Annual report on the lock hospitals of the Madras Presidency
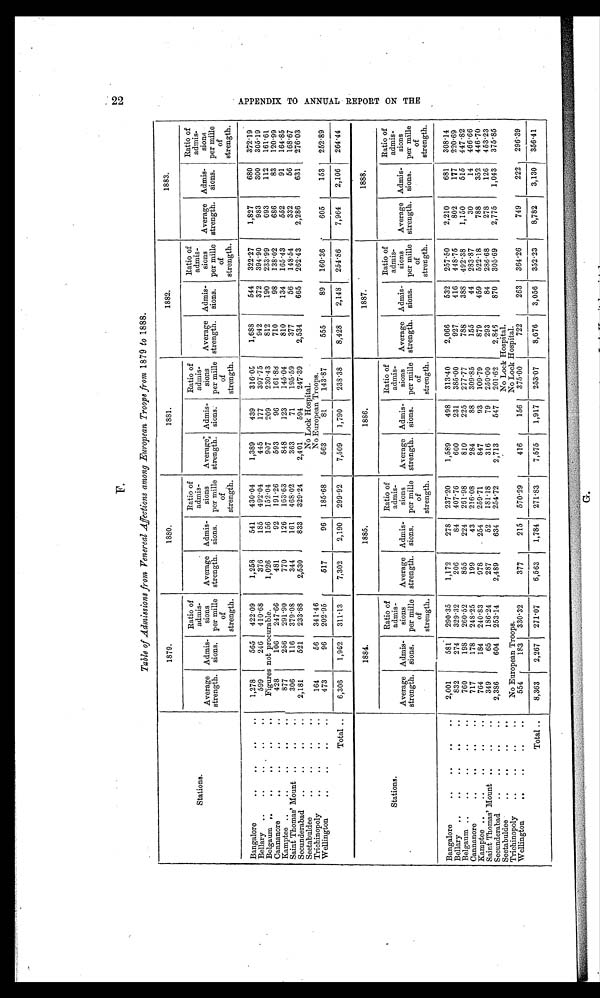
F.
Table of Admissions from Venereal Affections among European Troops from 1879 to 1888.
Stations.
1879.
1880.
1881.
1882.
1883.
Average
strength.
Admis-
sions.
Ratio of
admis-
sions
per mille
of
strength.
Average
strength.
Admis-
sions.
Ratio of
admis-
sions
per mille
of
strength.
Average
strength.
Admis-
sions.
Ratio of
admis-
sions
per mille
of
strength.
Average
strength.
Admis-
sions.
Ratio of
admis-
sions
per mille
of
strength.
Average
strength.
Admis-
sions.
Ratio of
admis-
sions
per mille
of
strength.
Bangalore
..
..
..
. .
1,278
565 422 .09
1,258
541 430 . 04
1,389
439
316·05
1,688
544 322.27
1,827
680 372·19
Bellary ..
..
..
..
. .
599
246 410 .68
376
185 492 .04
445
177
397·75
942
372 394 .90
983
300 305·19
Belgaum .. ..
..
..
..
Figures not procurable.
1,026
156 152 . 04
907
209
230·43
812
190 233·99
693
112 161·61
Cannanore
..
..
..
. .
428
106 247 .66
481
92 191·26
593
96
161·88
710
98 138·02
686
83 120·99
Kamptee ..
..
..
..
..
877
256 291 .90
770
126 163 . 63
848
123
145·04
810
134 165 .43
552
91 164·85
Saint Thomas' Mount ..
..
..
306
116 379 . 08
344
161 468·02
363
71
195·59
377
56 148·54
332
56 168·67
Secunderabad ..
..
..
..
2,181
521 233·88
2,530
833 329.24
2,401
594
247·39
2,534
665 262.43
2,286
631 276·03
Seetabuldee
..
..
..
. .
No Lock Hospital.
Trichinopoly ..
..
..
..
164
56 341·46
No European Troops.
Wellington
..
..
..
. .
473
96 202 . 95
517
96 185·68
563
81
143·87
555
89 160·36
605
153 252·89
Total ..
6,306
1,962 311. 13
7,302
2,190 299 .92
7,509 1,790
238·38
8,428
2,148 254 .86
7,964
2,106 264·44
Stations.
1884.
1885.
1886.
1887.
1888.
Average
strength.
Admis-
sions.
Ratio of
admis-
sions
per mille
of
strength.
Average
strength.
Admis-
sions.
Ratio of
admis-
sions
per mille
of
strength.
Average
strength.
Admis-
sions.
Ratio of
admis-
sions
per mille
of
strength.
Average
strength.
Admis-
sions.
Ratio of
admis-
sions
per mille
of
strength.
Average
strength.
Admis-
sions.
Ratio of
admis-
sions
per mille
of
strength.
Bangalore
..
..
..
. .
2,001
581 290·35
1,172
278 237.20
1,589
498 313·40
2,066
532 257·50
2,210
681 308·14
Bellary ..
..
..
..
..
832
274 329 . 32
206
84 407. 76
600
231 385·00
927
416 448 .75
802
177 220·69
Belgaum ..
..
..
..
..
760
198 260·52
855
224 261.98
810
225 277 . 77
788
388 492 . 38
1,150
515 447·82
Cannanore
..
..
..
..
717
178 248·25
199
43 216 . 08
284
88 309·85
155
44 283·87
30
14 466·66
Kamptee ..
..
..
..
..
764
184 240 .83
978
254 259·71
847
93 109·79
879
459 522·18
788
352 446·70
Saint Thomas' Mount ..
..
..
349
65 186·24
287
52 181·18
316
79 250·00
293
84 286·68
278
126 453·23
Secunderabad ..
..
..
..
2,386
604 253·14
2,489
634 254·72
2,713
547 201 .62
2,846
870 305 . 69
2,775
1,043 375·85
Seetabuldee
..
..
..
. .
No Lock Hospital.
Trichinopoly ..
..
..
No European Troops.
No Lock Hospital.
Wellington
..
..
..
. .
554
183 330 . 32
377
215 570 .29
416
156 375·00
722
263 364 .26
749
222 296·39
Total ..
8,363
2,267 271·07
6,563
1,784 271·83
7,575
1,917 253·07
8,676
3,056 352·23
8,782
3,130 356·41
22
A P P E N D I X T O A N N U A L R E P O R T O N T H E